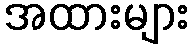
အထားများ